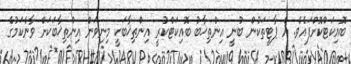
ބޮއިކަޓްކޮށްފައެވެ. އެ ޕާޓީތަކުން ބުނީ އިންތިޚާބު ބޮއިކަޓްކުރީ އިންތިޚާބަކީ މިނިވަން އިންތިޚާބަކަށް ވާނެކަމުގެ